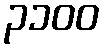
၃၁၀၀